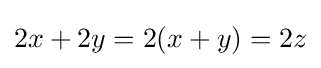
2x+2y=2(x+y)=2z